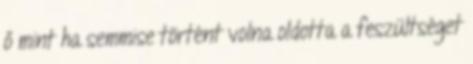
ő mint ha semmise történt volna oldotta a feszültséget